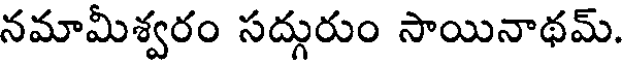
నమామీశ్వరం సద్గురుం సాయినాథమ్.